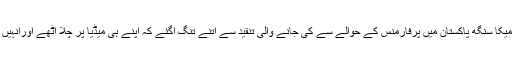
رپورٹ کے مطابق بھارتی گلوکار میکا سنگھ پاکستان میں پرفارمنس کے حوالے سے کی جانے والی تنقید سے اتنے تنگ آگئے کہ اپنے ہی میڈیا پر چلا اٹھے اورانہیں دوغلی پالیسی اپنانے پر آئینہ دکھایا۔